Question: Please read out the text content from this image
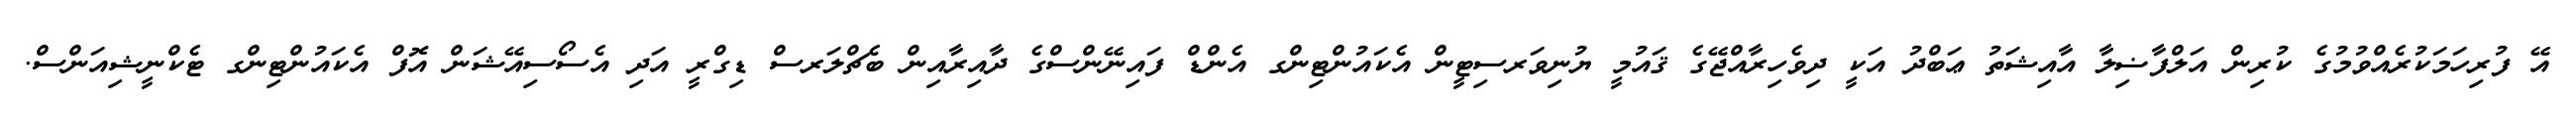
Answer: އޭ ފުރިހަމަކުރެއްވުމުގެ ކުރިން އަލްފާޟިލާ އާއިޝަތު ޢަބްދު އަކީ ދިވެހިރާއްޖޭގެ ޤައުމީ ޔުނިވަރސިޓީން އެކައުންޓިންގ އެންޑް ފައިނޭންސްގެ ދާއިރާއިން ބެޗްލަރސް ޑިގްރީ އަދި އެސޯސިއޭޝަން އޮފް އެކައުންޓިންގ ޓެކްނީޝިއަންސް.